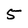
Character: 5